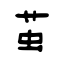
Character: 茧